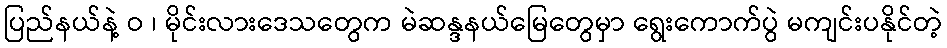
ပြည်နယ်နဲ့ ဝ ၊ မိုင်းလားဒေသတွေက မဲဆန္ဒနယ်မြေတွေမှာ ရွေးကောက်ပွဲ မကျင်းပနိုင်တဲ့